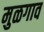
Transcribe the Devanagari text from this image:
मुळगाव